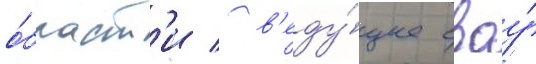
о́бласт'и / в'еду́щее своу́